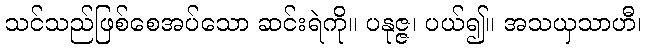
သင်သည်ဖြစ်စေအပ်သော ဆင်းရဲကို။ ပနုဇ္ဇ၊ ပယ်၍။ အသယှသာဟီ၊